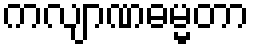
ကလျာဏဓမ္မတာ